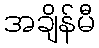
အချိန်မီ